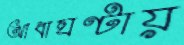
আধাঘণ্টায়